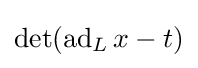
\det(\operatorname {ad} _{L}x-t)